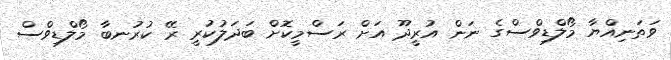
ވަތަނިއްޔާ މޯލްޑިވްސްގެ ނަން އުރީދޫ އަށް ރަސްމީކޮށް ބަދަލުކުރީ ރޭ ކުރުނބާ މޯލްޑިވްސް